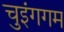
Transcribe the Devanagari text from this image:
चुइंगगम